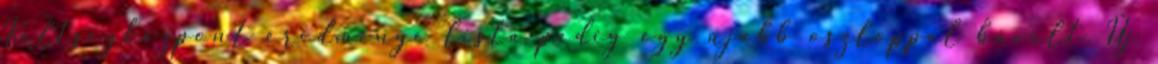
Költségközpont eredménye lista pedig egy újabb oszloppal bővült. Új